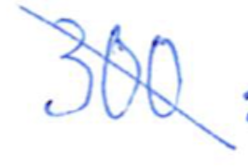
Text: 300
Cross-out: diagonal
Writing tool: ballpoint